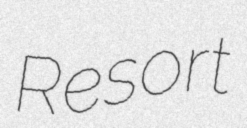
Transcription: Resort